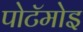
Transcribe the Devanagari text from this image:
पोटॅमोइ